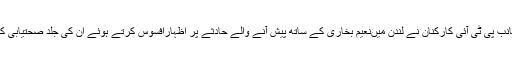
دوسری جانب پی ٹی آئی کارکنان نے لندن میںنعیم بخاری کے ساتھ پیش آنے والے حادثے پر اظہارافسوس کرتے ہوئے ان کی جلد صحتیابی کی دعا کی۔